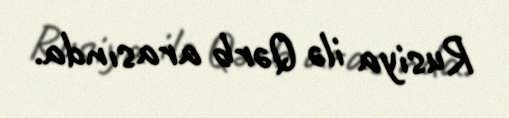
Rusiya ilə Qərb arasında.